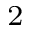
^ 2